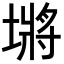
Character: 𪤖